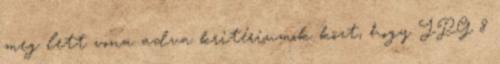
meg lett vona adva kritériumok közt, hogy JPG 8